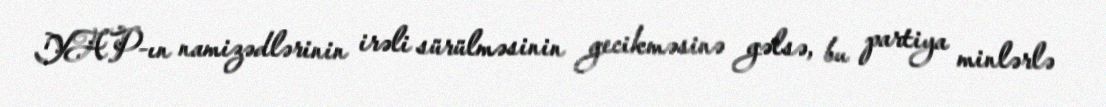
YAP-ın namizədlərinin irəli sürülməsinin gecikməsinə gəlsə, bu partiya minlərlə